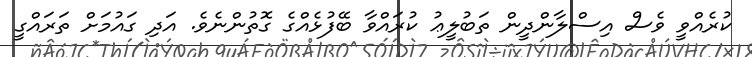
ކުރެއްވީ ވެސް އިސްލާންދީން ތަބުލީޢު ކުރައްވާ ބޭފުޅެއްގެ ގޮތުންނެވެ. އަދި ގައުމަށް ތަރައްގީ